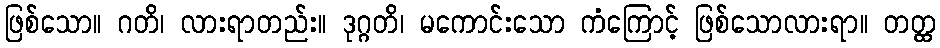
ဖြစ်သော။ ဂတိ၊ လားရာတည်း။ ဒုဂ္ဂတိ၊ မကောင်းသော ကံကြောင့် ဖြစ်သောလားရာ။ တတ္ထ